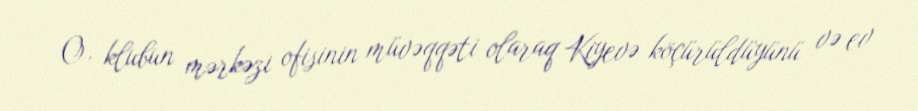
O, klubun mərkəzi ofisinin müvəqqəti olaraq Kiyevə köçürüldüyünü və ev